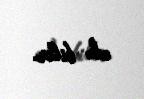
edə bilir.